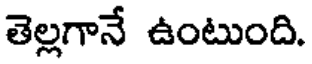
తెల్లగానే ఉంటుంది.